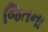
જિતના